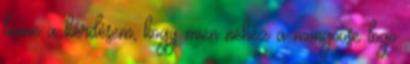
lenne a kérdésem, hogy mien nehéz a mongoose logo